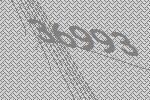
36993